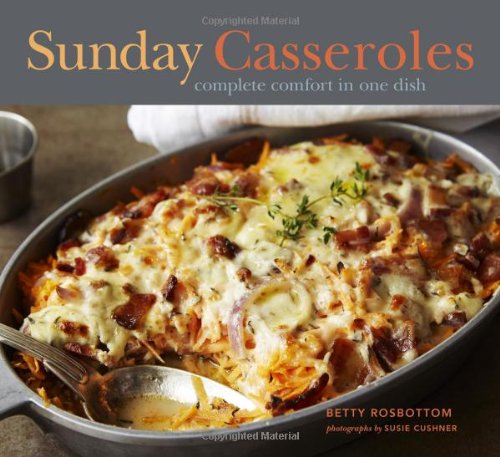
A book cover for Sunday Casseroles: Complete Comfort in One Dish; Betty Rosbottom; Cookbooks, Food & Wine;